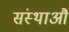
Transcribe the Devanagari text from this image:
संस्थाऔं